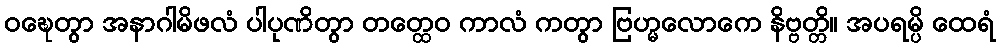
ဝဍ္ဎေတွာ အနာဂါမိဖလံ ပါပုဏိတွာ တတ္ထေဝ ကာလံ ကတွာ ဗြဟ္မလောကေ နိဗ္ဗတ္တိ။ အပရမ္ပိ ထေရံ